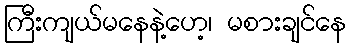
ကြီးကျယ်မနေနဲ့ဟေ့၊ မစားချင်နေ